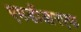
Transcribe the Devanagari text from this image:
एमडीआरएफ